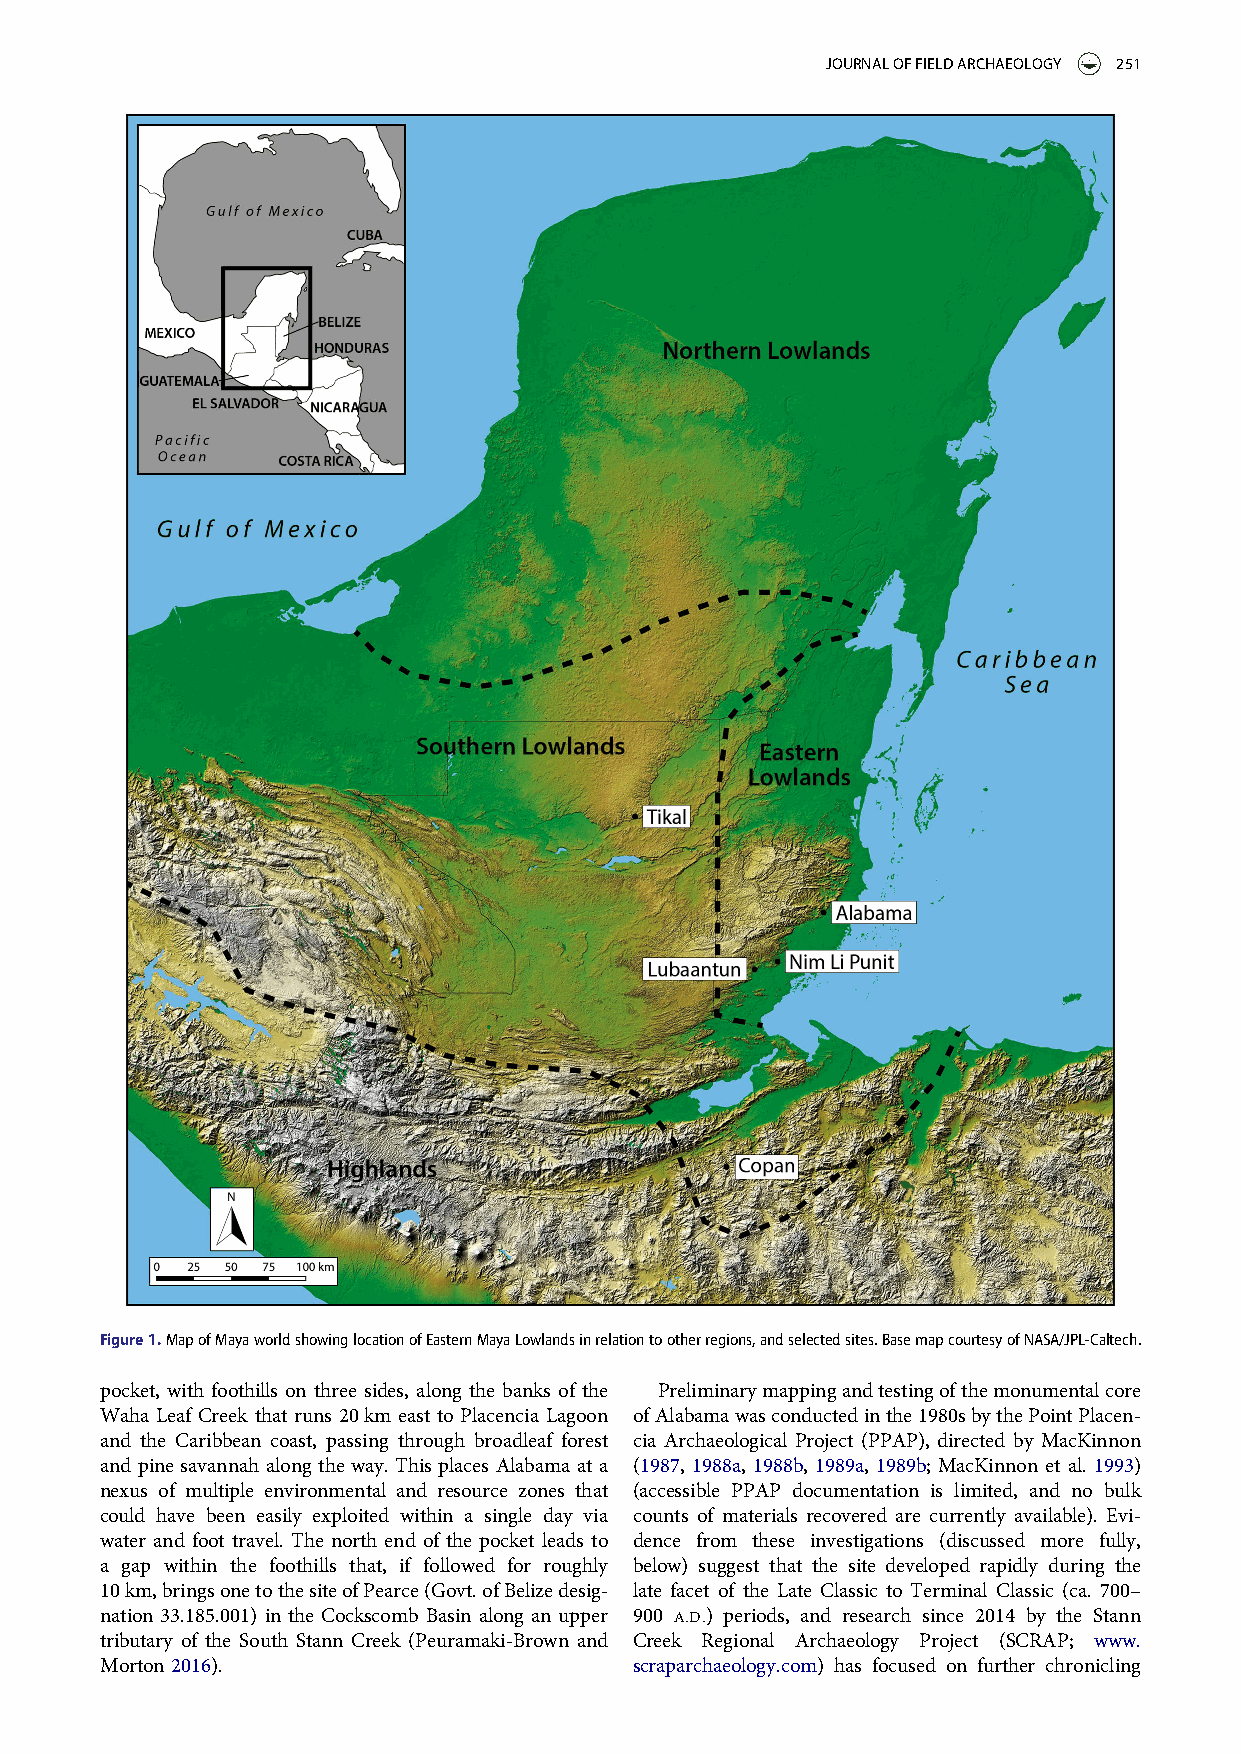
JOURNALOFFIELDARCHAEOLOGY 251
 Figure1.MapofMayaworldshowinglocationofEasternMayaLowlandsinrelationtootherregions,andselectedsites.BasemapcourtesyofNASA/JPL-Caltech.
 pocket, with foothills on three sides, along the banks of the Preliminarymappingandtestingofthemonumentalcore
 Waha Leaf Creek that runs 20km east to Placencia Lagoon ofAlabamawasconductedinthe1980sbythePointPlacen-
 and the Caribbean coast, passing through broadleaf forest cia Archaeological Project (PPAP), directed by MacKinnon
 and pine savannah along the way. This places Alabama at a (1987, 1988a, 1988b, 1989a, 1989b; MacKinnon et al. 1993)
 nexus of multiple environmental and resource zones that (accessible PPAP documentation is limited, and no bulk
 could have been easily exploited within a single day via counts of materials recovered are currently available). Evi-
 water and foot travel. The north end of the pocket leads to dence from these investigations (discussed more fully,
 a gap within the foothills that, if followed for roughly below) suggest that the site developed rapidly during the
 10km,bringsonetothesiteofPearce(Govt.ofBelizedesig- late facet of the Late Classic to Terminal Classic (ca. 700–
 nation 33.185.001) in the Cockscomb Basin along an upper 900 A.D.) periods, and research since 2014 by the Stann
 tributary of the South Stann Creek (Peuramaki-Brown and Creek Regional Archaeology Project (SCRAP; www.
 Morton 2016).                      scraparchaeology.com) has focused on further chronicling